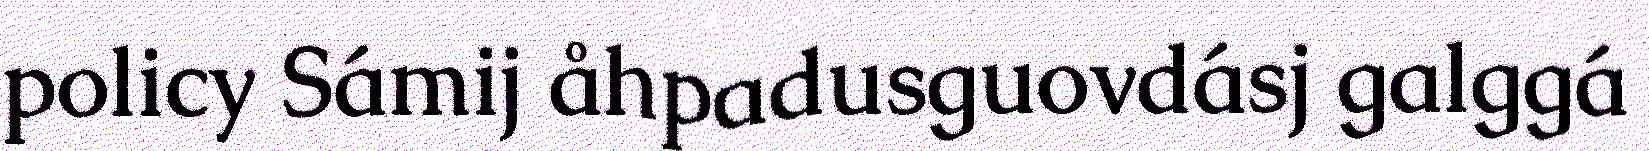
policy Sámij åhpadusguovdásj galggá